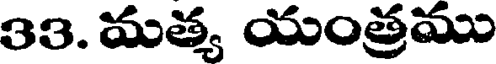
33. మత్య యంత్రము